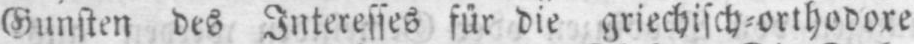
Gunsten des Interesses für die griechisch⸗orthodoxe